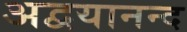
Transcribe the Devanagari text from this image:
अद्वयानन्द